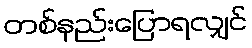
တစ်နည်းပြောရလျှင်